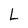
Character: L